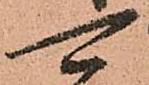
可